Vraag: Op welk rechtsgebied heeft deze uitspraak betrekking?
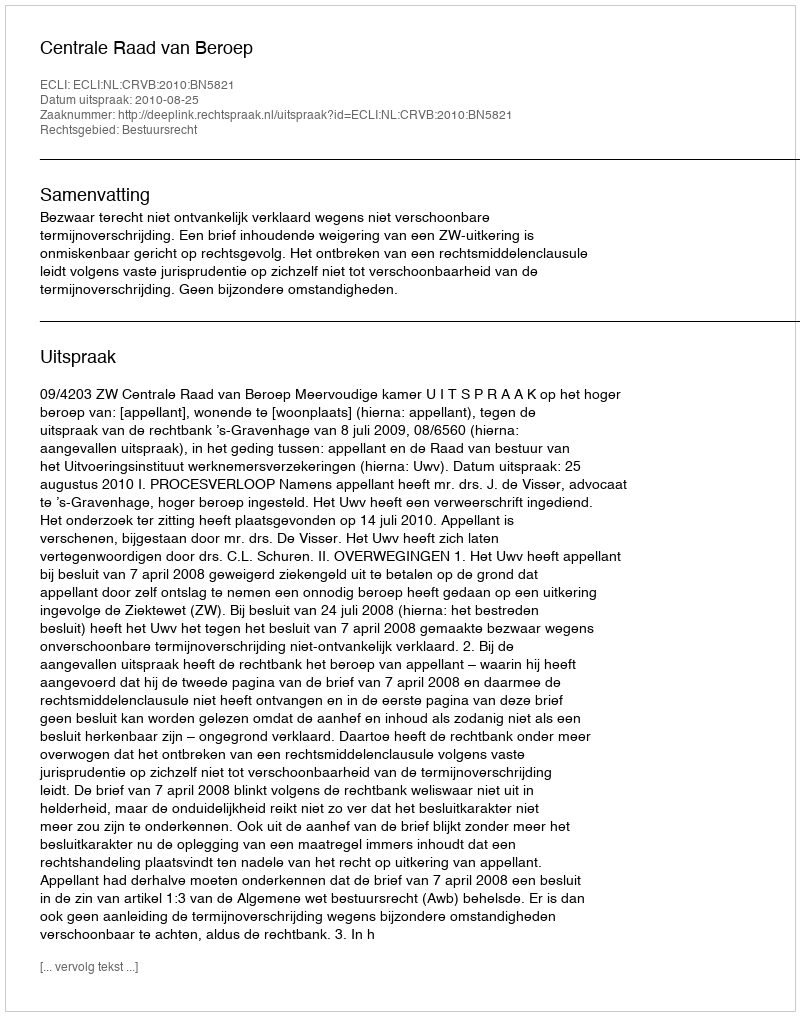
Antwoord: Bestuursrecht